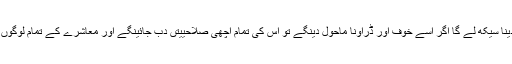
بچوں کو پیار دینگے بچہ پیار دینا سیکھ لے گا اگر اسے خوف اور ڈراونا ماحول دینگے تو اس کی تمام اچھی صلاحییتں دب جائینگے اور معاشرے کے تمام لوگوں سے وہ الگ رہنا پسند کرے گا۔